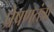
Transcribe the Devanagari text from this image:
प्रेषणतंत्रों